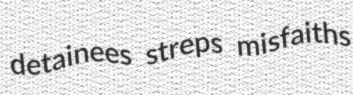
detainees streps misfaiths